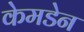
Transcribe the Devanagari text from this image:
केमडेन